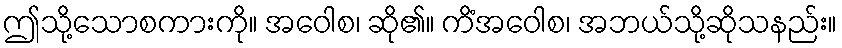
ဤသို့သောစကားကို။ အဝေါစ၊ ဆို၏။ ကိံအဝေါစ၊ အဘယ်သို့ဆိုသနည်း။